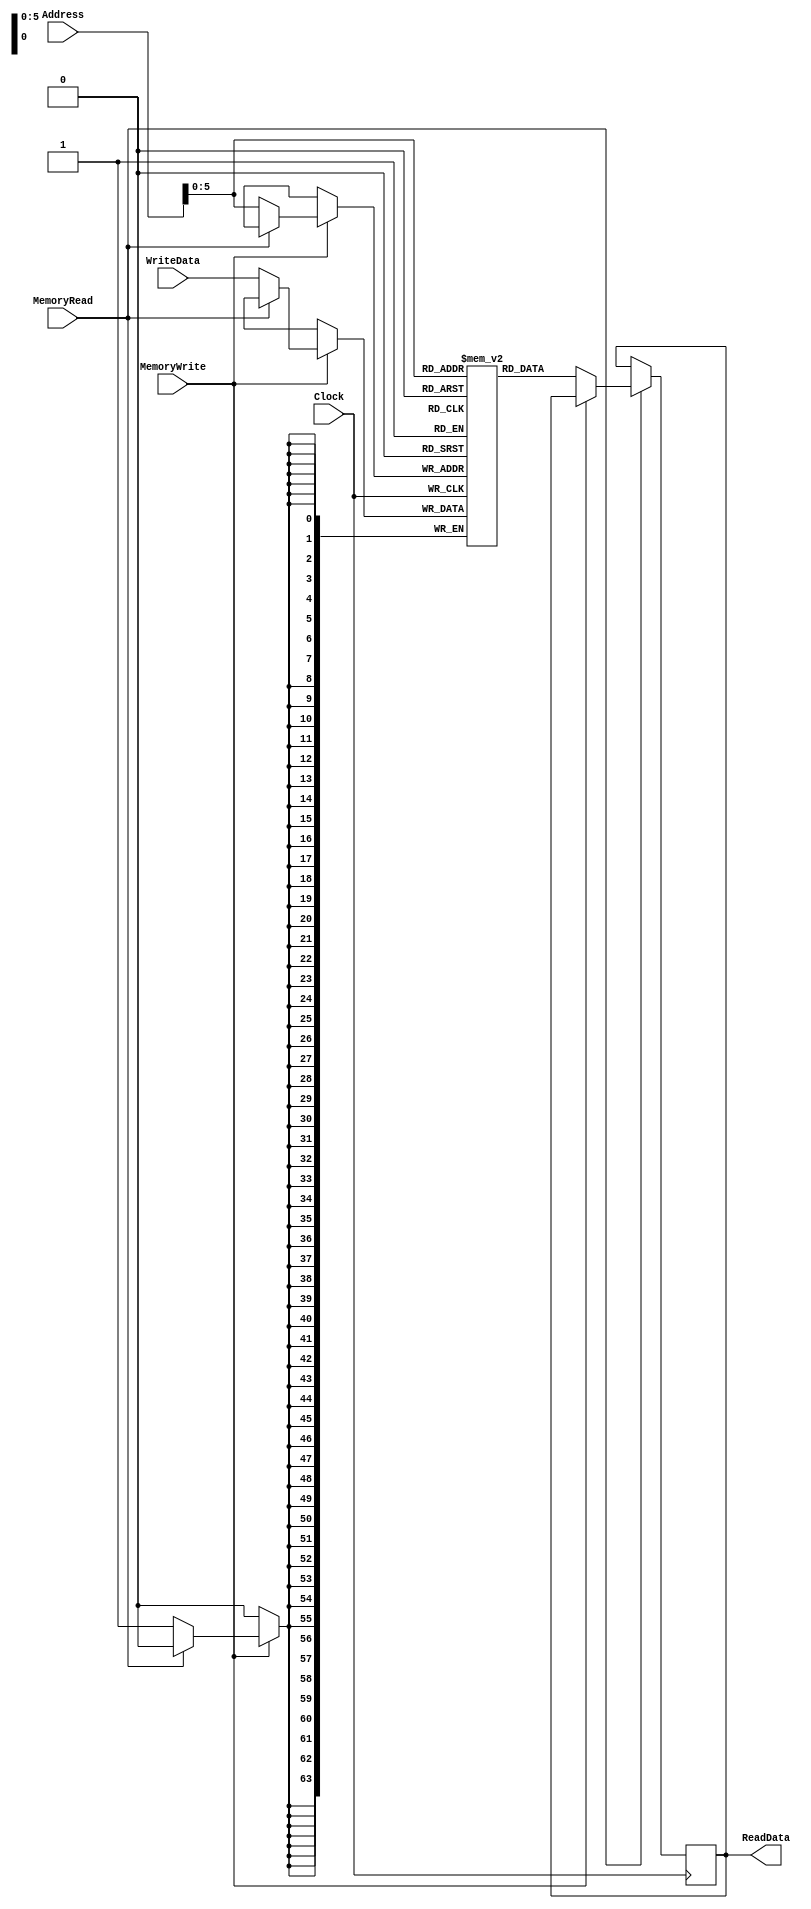
`timescale 1ns / 1ps

module DataMemory(ReadData, Address, WriteData,
                  MemoryRead, MemoryWrite, Clock);
     input [63:0] Address, WriteData;
     input MemoryRead, MemoryWrite, Clock;
     output reg [63:0] ReadData;
     
     reg [63:0] memory [63:0]; //64 bit memory array of size 64

     always @(posedge Clock) begin 
     	if(MemoryRead) begin
     		if(!MemoryWrite) begin
     			ReadData <= #20 memory[Address];
     		end
     	end
     end

     always @(negedge Clock) begin 
     	if(MemoryWrite) begin // allows us to write to the memory
     		if(!MemoryRead) begin // memRead must be 0
     			memory[Address] <= #20 WriteData;
     		end
     	end 
     end

endmodule